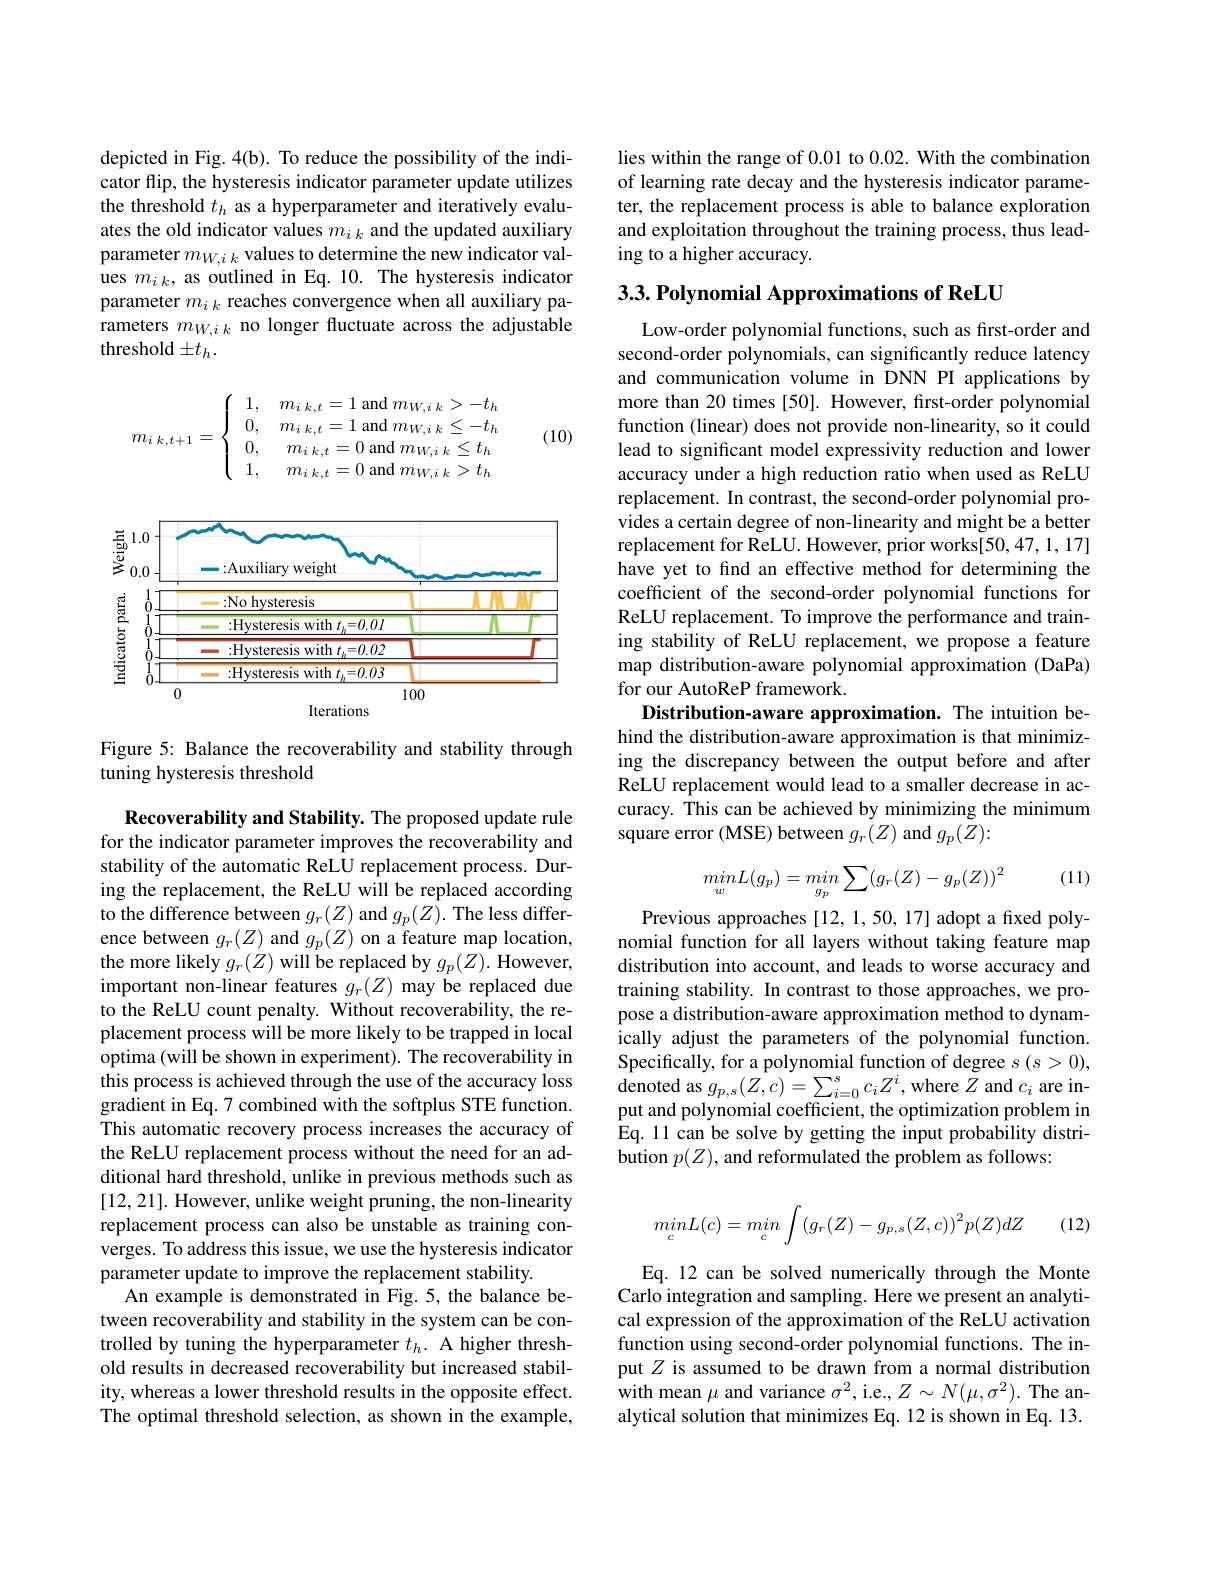
depicted in Fig. 4(b). To reduce the possibility of the indicator flip, the hysteresis indicator parameter update utilizes the threshold $t_h$ as a hyperparameter and iteratively evaluates the old indicator values $m_i\:_k$ and the updated auxiliary parameter $m_{W,ik}$ values to determine the new indicator values $m_i_k$, as outlined in Eq. 10. The hysteresis indicator parameter $m_{i\:k}$ reaches convergence when all auxiliary parameters $m_{W,i\:k}$ no longer fluctuate across the adjustable threshold$\pm t_h.$

(10)
$$m_{i\:k,t+1}=\left\{\begin{array}{cc}1,&m_{i\:k,t}=1\:\mathrm{and}\:m_{W,i\:k}>-t_{h}\\0,&m_{i\:k,t}=1\:\mathrm{and}\:m_{W,i\:k}\leq-t_{h}\\0,&m_{i\:k,t}=0\:\mathrm{and}\:m_{W,i\:k}\leq t_{h}\\1,&m_{i\:k,t}=0\:\mathrm{and}\:m_{W,i\:k}>t_{h}\end{array}\right.$$
<FigureHere>

Figure 5: Balance the recoverability and stability through
tuning hysteresis threshold

Recoverability and Stability. The proposed update rule for the indicator parameter improves the recoverability and stability of the automatic ReLU replacement process. During the replacement, the ReLU will be replaced according to the difference between $g_r(Z)$ and $g_p(Z).$ The less difference between $g_r(Z)$ and $g_p(Z)$ on a feature map location, the more likely $g_{r}(Z)$ will be replaced by $g_{p}(Z).$ However, important non-linear features $g_r(Z)$ may be replaced due to the ReLU count penalty. Without recoverability, the replacement process will be more likely to be trapped in local optima (will be shown in experiment). The recoverability in this process is achieved through the use of the accuracy loss gradient in Eq. 7 combined with the softplus STE function. This automatic recovery process increases the accuracy of the ReLU replacement process without the need for an additional hard threshold, unlike in previous methods such as [12,21]. However, unlike weight pruning, the non-linearity replacement process can also be unstable as training converges. To address this issue, we use the hysteresis indicator parameter update to improve the replacement stability.
An example is demonstrated in Fig. 5, the balance between recoverability and stability in the system can be controlled by tuning the hyperparameter $t_h.$ A higher threshold results in decreased recoverability but increased stability, whereas a lower threshold results in the opposite effect. The optimal threshold selection, as shown in the example,

lies within the range of 0.01 to 0.02. With the combination of learning rate decay and the hysteresis indicator parameter, the replacement process is able to balance exploration and exploitation throughout the training process, thus leading to a higher accuracy.

## $3. 3. \textbf{Polynomial Approximations of ReLU}$

Low-order polynomial functions, such as first-order and second-order polynomials, can significantly reduce latency and communication volume in DNN PI applications by more than 20 times [50]. However, fırst-order polynomial function (linear) does not provide non-linearity, so it could lead to significant model expressivity reduction and lower accuracy under a high reduction ratio when used as ReLU replacement. In contrast, the second-order polynomial provides a certain degree of non-linearity and might be a better replacement for ReLU. However, prior works[50,47,1,17] have yet to find an effective method for determining the coefficient of the second-order polynomial functions for ReLU replacement. To improve the performance and training stability of ReLU replacement, we propose a feature map distribution-aware polynomial approximation (DaPa) for our AutoReP framework.
Distribution-aware approximation. The intuition behind the distribution-aware approximation is that minimizing the discrepancy between the output before and after ReLU replacement would lead to a smaller decrease in accuracy. This can be achieved by minimizing the minimum square error (MSE) between $g_r(Z)$ and $g_p(Z):$

(11)
$$minL(g_p)=min\sum(g_r(Z)-g_p(Z))^2$$
Previous approaches [12, 1, 50, 17] adopt a fixed polynomial function for all layers without taking feature map distribution into account, and leads to worse accuracy and training stability. In contrast to those approaches, we propose a distribution-aware approximation method to dynamically adjust the parameters of the polynomial function. Specifically, for a polynomial function of degree $s(s>0)$, denoted as $g_{p,s}(Z,c)=\sum_{i=0}^{s}c_{i}Z^{i}$, where $Z$ and $c_i$ are input and polynomial coefficient, the optimization problem in Eq. 11 can be solve by getting the input probability distribution $p(Z)$, and reformulated the problem as follows:

(12)
$$minL(c)=min\int_{c}(g_{r}(Z)-g_{p,s}(Z,c))^{2}p(Z)dZ$$
Eq. 12 can be solved numerically through the Monte Carlo integration and sampling. Here we present an analytical expression of the approximation of the ReLU activation function using second-order polynomial functions. The input $Z$ is assumed to be drawn from a normal distribution with mean $\mu$ and variance $\sigma^2$, i.e., $Z\sim N(\mu,\sigma^2).$ The analytical solution that minimizes Eq. 12 is shown in Eq. 13.